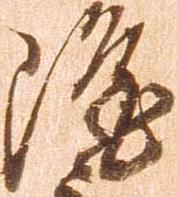
隆